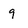
Character: 9